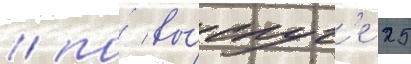
/ по́ вы́слуг'е 25